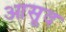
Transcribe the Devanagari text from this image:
आसूद